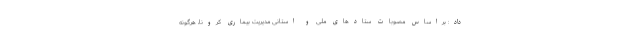
داد: براساس مصوبات ستادهای ملی و استانی مدیریت بیماری کرونا، هرگونه